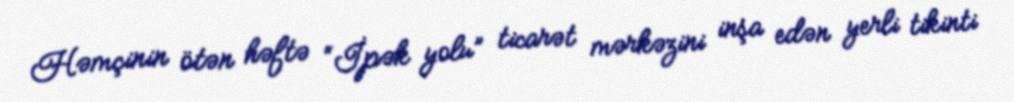
Həmçinin ötən həftə “İpək yolu” ticarət mərkəzini inşa edən yerli tikinti